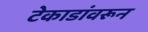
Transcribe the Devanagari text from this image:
टेकाडांवरून